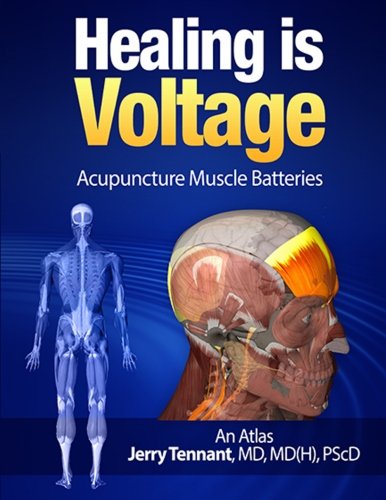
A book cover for Healing is Voltage: Acupuncture Muscle Batteries; MD, Jerry L Tennant MD; Health, Fitness & Dieting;